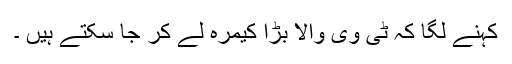
کہنے لگا کہ ٹی وی والا بڑا کیمرہ لے کر جا سکتے ہیں ۔